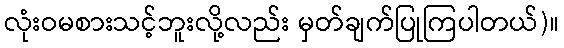
လုံးဝမစားသင့်ဘူးလို့လည်း မှတ်ချက်ပြုကြပါတယ်)။